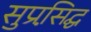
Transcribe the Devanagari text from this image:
सुप्रसि़द्घ